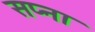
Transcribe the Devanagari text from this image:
सप्ना